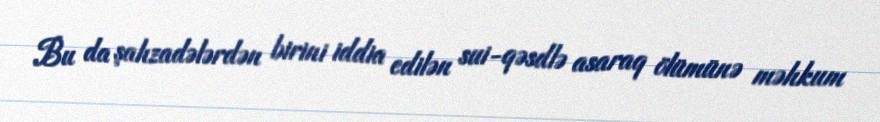
Bu da şahzadələrdən birini iddia edilən sui-qəsdlə asaraq ölümünə məhkum